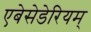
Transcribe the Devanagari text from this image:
एबेसेडेरियम्